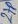
Text: 27P